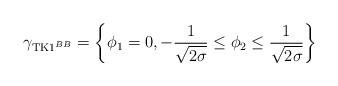
LaTeX: \begin{align*}\gamma_{{\rm TK1}^{BB}}=\left \{\phi_1=0,-\frac{1}{\sqrt{2\sigma}}\leq\phi_2\leq\frac{1}{\sqrt{2\sigma}}\right \}\end{align*}